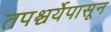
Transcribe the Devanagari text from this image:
तपश्चर्येपासून